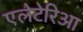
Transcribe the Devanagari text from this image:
एलेटेरिआ